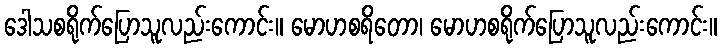
ဒေါသစရိုက်ပြောသူလည်းကောင်း။ မောဟစရိတော၊ မောဟစရိုက်ပြောသူလည်းကောင်း။